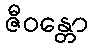
ဇီဝန္တော